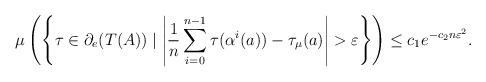
LaTeX: \begin{align*}\mu\left(\left\{\tau\in \partial_e(T(A)) \mid \left|\frac{1}{n}\sum_{i=0}^{n-1}\tau(\alpha^i(a))-\tau_\mu(a)\right|>\varepsilon\right\}\right) \le c_1e^{-c_2n\varepsilon^2}.\end{align*}